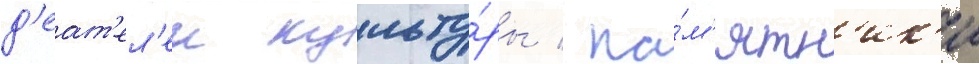
д'еат'ел'еи культу́ры / па́м'ятн'ик'и